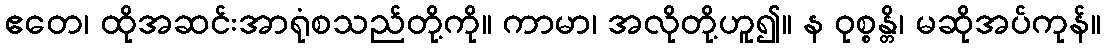
ဧတေ၊ ထိုအဆင်းအာရုံစသည်တို့ကို။ ကာမာ၊ အလိုတို့ဟူ၍။ န ဝုစ္စန္တိ၊ မဆိုအပ်ကုန်။